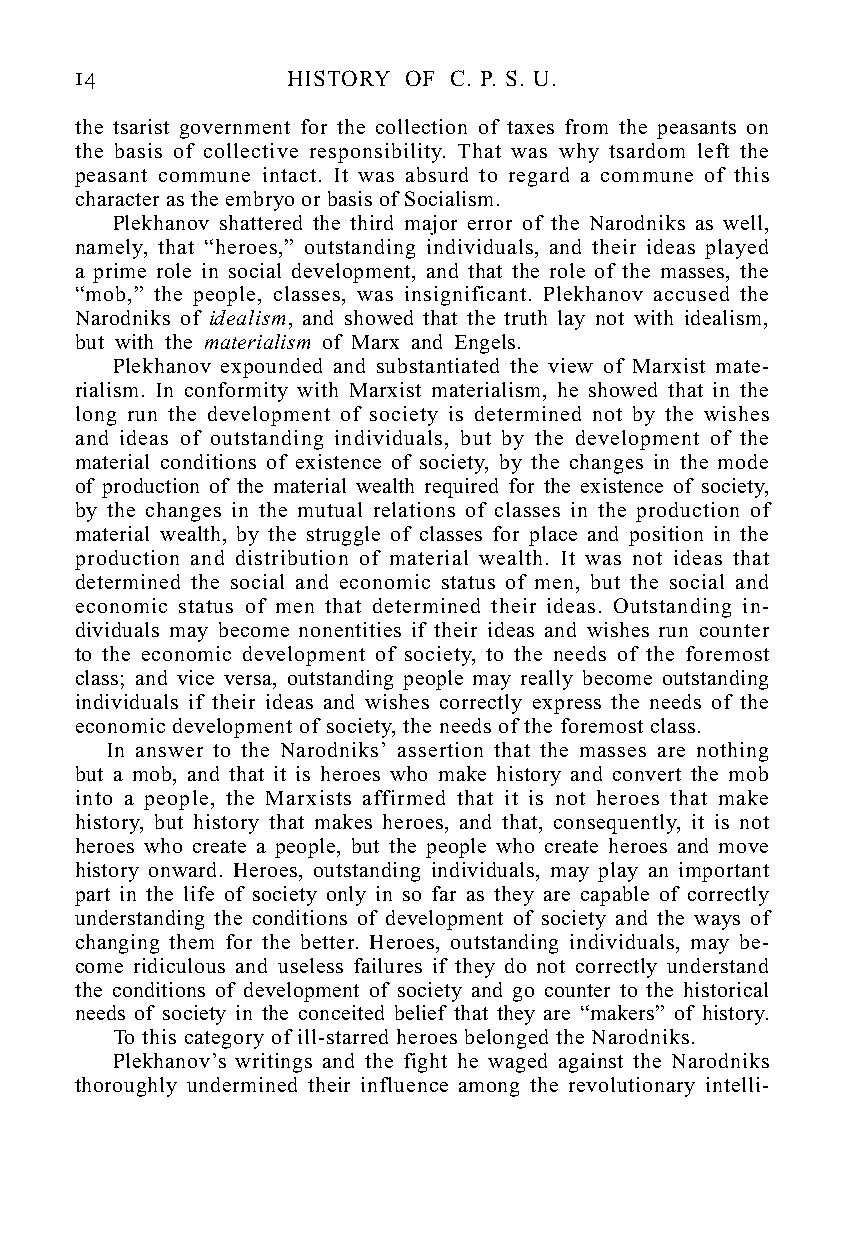
14            HISTORY OF C. P. S. U.
 the tsarist government for the collection of taxes from the peasants on
 the basis of collective responsibility. That was why tsardom left the
 peasant commune intact. It was absurd to regard a commune of this
 character as the embryo or basis of Socialism.
 Plekhanov shattered the third major error of the Narodniks as well,
 namely, that “heroes,” outstanding individuals, and their ideas played
 a prime role in social development, and that the role of the masses, the
 “mob,” the people, classes, was insignificant. Plekhanov accused the
 Narodniks of idealism, and showed that the truth lay not with idealism,
 but with the materialism of Marx and Engels.
 Plekhanov expounded and substantiated the view of Marxist mate-
 rialism. In conformity with Marxist materialism, he showed that in the
 long run the development of society is determined not by the wishes
 and ideas of outstanding individuals, but by the development of the
 material conditions of existence of society, by the changes in the mode
 of production of the material wealth required for the existence of society,
 by the changes in the mutual relations of classes in the production of
 material wealth, by the struggle of classes for place and position in the
 production and distribution of material wealth. It was not ideas that
 determined the social and economic status of men, but the social and
 economic status of men that determined their ideas. Outstanding in-
 dividuals may become nonentities if their ideas and wishes run counter
 to the economic development of society, to the needs of the foremost
 class; and vice versa, outstanding people may really become outstanding
 individuals if their ideas and wishes correctly express the needs of the
 economic development of society, the needs of the foremost class.
 In answer to the Narodniks’ assertion that the masses are nothing
 but a mob, and that it is heroes who make history and convert the mob
 into a people, the Marxists affirmed that it is not heroes that make
 history, but history that makes heroes, and that, consequently, it is not
 heroes who create a people, but the people who create heroes and move
 history onward. Heroes, outstanding individuals, may play an important
 part in the life of society only in so far as they are capable of correctly
 understanding the conditions of development of society and the ways of
 changing them for the better. Heroes, outstanding individuals, may be-
 come ridiculous and useless failures if they do not correctly understand
 the conditions of development of society and go counter to the historical
 needs of society in the conceited belief that they are “makers” of history.
 To this category of ill-starred heroes belonged the Narodniks.
 Plekhanov’s writings and the fight he waged against the Narodniks
 thoroughly undermined their influence among the revolutionary intelli-